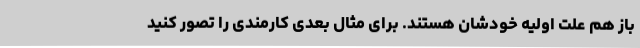
باز هم علت اولیه خودشان هستند. برای مثال بعدی کارمندی را تصور کنید